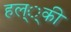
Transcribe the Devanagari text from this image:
हल््की